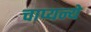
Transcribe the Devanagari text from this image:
चाप्यन्ये